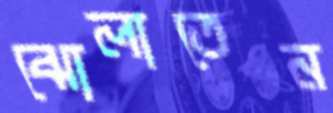
ঝোলাতেন